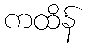
ကထိန်